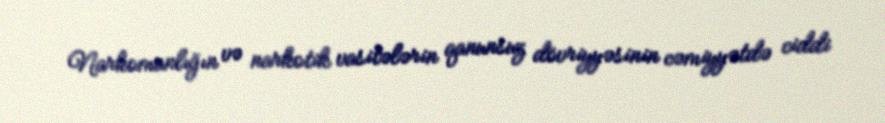
Narkomanlığın və narkotik vasitələrin qanunsuz dövriyyəsinin cəmiyyətdə ciddi